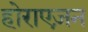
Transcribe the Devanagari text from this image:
होराएज़न